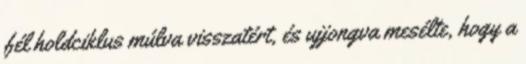
fél holdciklus múlva visszatért, és ujjongva mesélte, hogy a